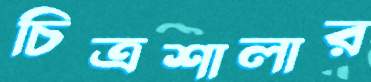
চিত্রশালার